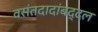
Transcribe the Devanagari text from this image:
वसंतदादांबद्दल